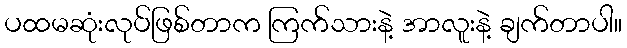
ပထမဆုံးလုပ်ဖြစ်တာက ကြက်သားနဲ့ အာလူးနဲ့ ချက်တာပါ။